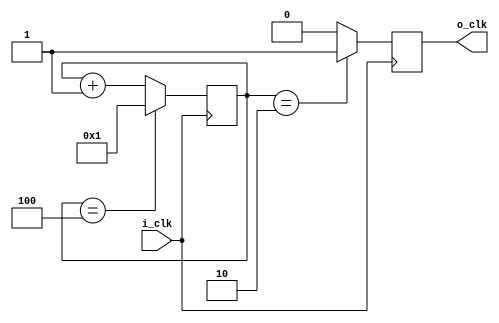
module Division_clock (
    input wire i_clk,
    output reg o_clk
);

parameter integer n = 4;
reg [31:0] d1hz_r = 1;
reg [31:0] d1hz_n;

always @(posedge i_clk) begin
    d1hz_r <= d1hz_n;
end

always @* begin
    if (d1hz_r == n) begin
        d1hz_n = 1;
    end else begin
        d1hz_n = d1hz_r + 1;
    end
end

always @(posedge i_clk) begin
    if (d1hz_r == n/2) begin
        o_clk <= 1;
    end else begin
        o_clk <= 0;
    end
end

endmodule